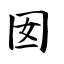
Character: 囡